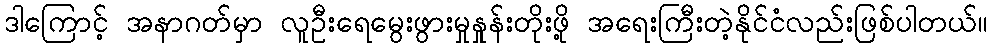
ဒါကြောင့် အနာဂတ်မှာ လူဦးရေမွေးဖွားမှုနှုန်းတိုးဖို့ အရေးကြီးတဲ့နိုင်ငံလည်းဖြစ်ပါတယ်။